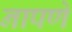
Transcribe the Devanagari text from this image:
नापणे